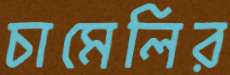
চামেলির